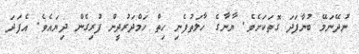
ނުދޭނަމޭ ބުނާފަދަ ގޮތަކަށެވެ. ޔާނާގެ ހާލަތުފެނި ހިތް ހަމްދަރުދީން ފުރިގެން ދިޔައެވެ. އެފަދަ